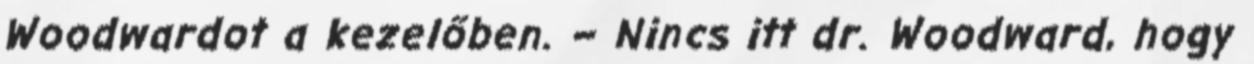
Woodwardot a kezelőben. – Nincs itt dr. Woodward, hogy